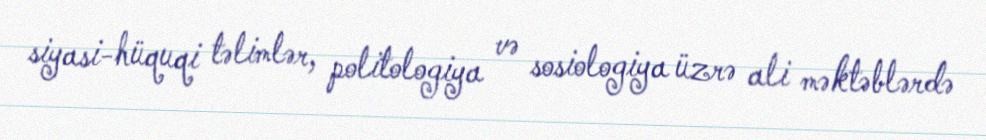
siyasi-hüquqi təlimlər, politologiya və sosiologiya üzrə ali məktəblərdə